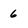
Character: 6